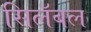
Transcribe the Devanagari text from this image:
सिलॅबल